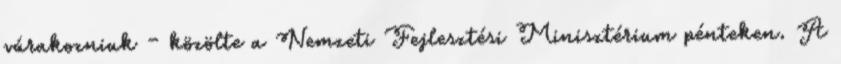
várakozniuk – közölte a Nemzeti Fejlesztési Minisztérium pénteken. A